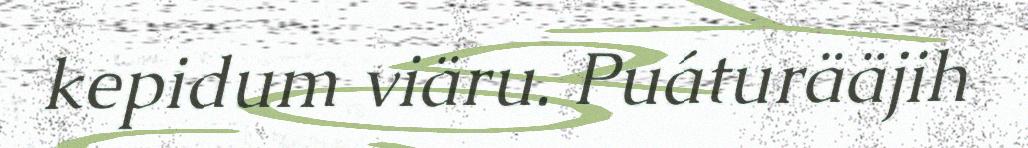
kepidum viäru. Puáturääjih